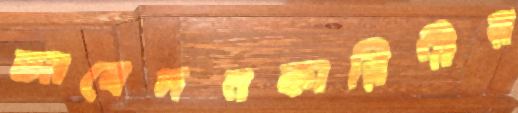
আবেদনকারিণীর